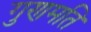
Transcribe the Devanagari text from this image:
गुणमति